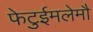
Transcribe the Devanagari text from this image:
फेटुईमलेमौ